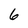
Character: 6